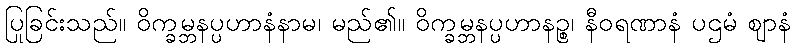
ပြုခြင်းသည်။ ဝိက္ခမ္ဘနပ္ပဟာနံနာမ၊ မည်၏။ ဝိက္ခမ္ဘနပ္ပဟာနဉ္စ၊ နီဝရဏာနံ ပဌမံ ဈာနံ